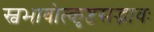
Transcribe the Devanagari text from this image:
स्वभावोत्कृष्टसद्भावः